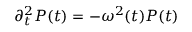
\partial _ { t } ^ { 2 } P ( t ) = - \omega ^ { 2 } ( t ) P ( t )